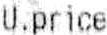
U.PRICE